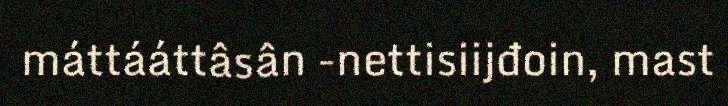
máttááttâsân -nettisiijđoin, mast